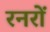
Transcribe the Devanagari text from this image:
रनरों